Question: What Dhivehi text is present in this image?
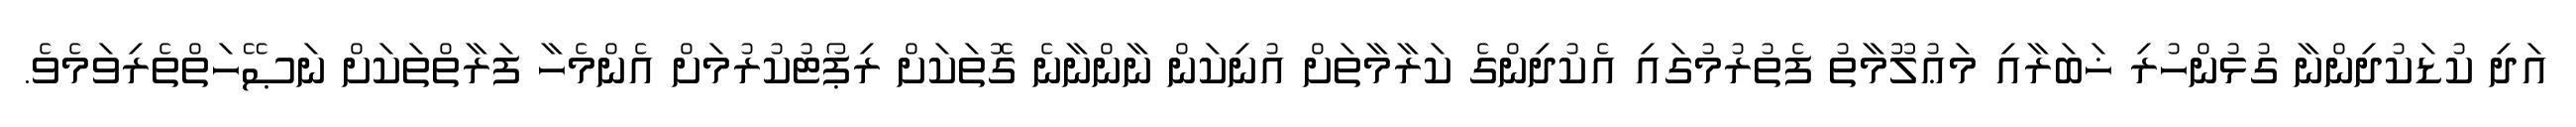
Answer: އަދި ކުޑަކުދިންނާ ގުޅުންހުރި ޚަބަރާއި މަޢުލޫމާތު ފެތުރުމުގައި އެކުދިންގެ ކަރާމާތަށް އުނިކަން ނާންނާނެ ގޮތަކަށް ރިޕޯޓުކުރުމަށް އެންމެހާ ފަރާތްތަކަށް ނަޞޭހަތްތެރިވަމެވެ.